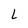
Character: L